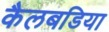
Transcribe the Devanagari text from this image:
कैलबडिया